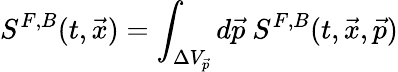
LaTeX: S^{F,B}(t,\vec{x})=\int_{\Delta V_{\vec{p}}}d\vec{p}\ S^{F,B}(t,\vec{x},\vec{p})